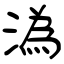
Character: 潙